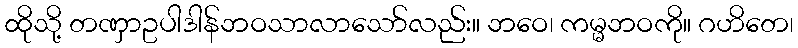
ထိုသို့ တဏှာဥပါဒါန်ဘဝသာလာသော်လည်း။ ဘဝေ၊ ကမ္မဘဝကို။ ဂဟိတေ၊